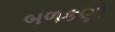
બળકણો